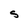
Character: S